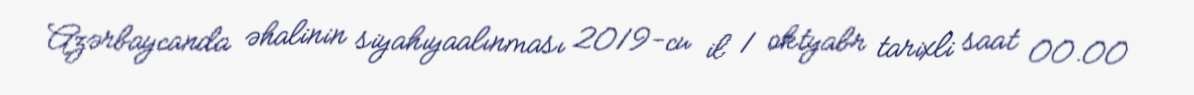
Azərbaycanda əhalinin siyahıyaalınması 2019-cu il 1 oktyabr tarixli saat 00.00